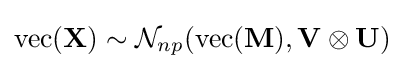
\mathrm {vec} (\mathbf {X} )\sim {\mathcal {N}}_{np}(\mathrm {vec} (\mathbf {M} ),\mathbf {V} \otimes \mathbf {U} )